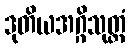
ဒုတိယအဂ္ဂိသုတ္တံ